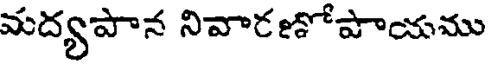
మద్యపాన నివారణోపాయము